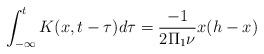
LaTeX: \begin{align*}\int_{-\infty}^t K(x,t-\tau)d\tau=\frac{-1}{2\Pi_1 \nu}x(h-x)\end{align*}